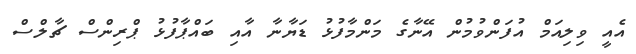
އެއީ ވިލިއަމް އުފަންވުމުން އޭނާގެ މަންމާފުޅު ޑަޔާނާ އާއި ބައްޕާފުޅު ޕްރިންސް ޗާލްސް